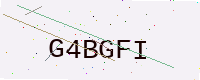
Text: G4BGFI